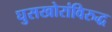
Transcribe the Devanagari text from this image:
घुसखोरांविरुद्ध